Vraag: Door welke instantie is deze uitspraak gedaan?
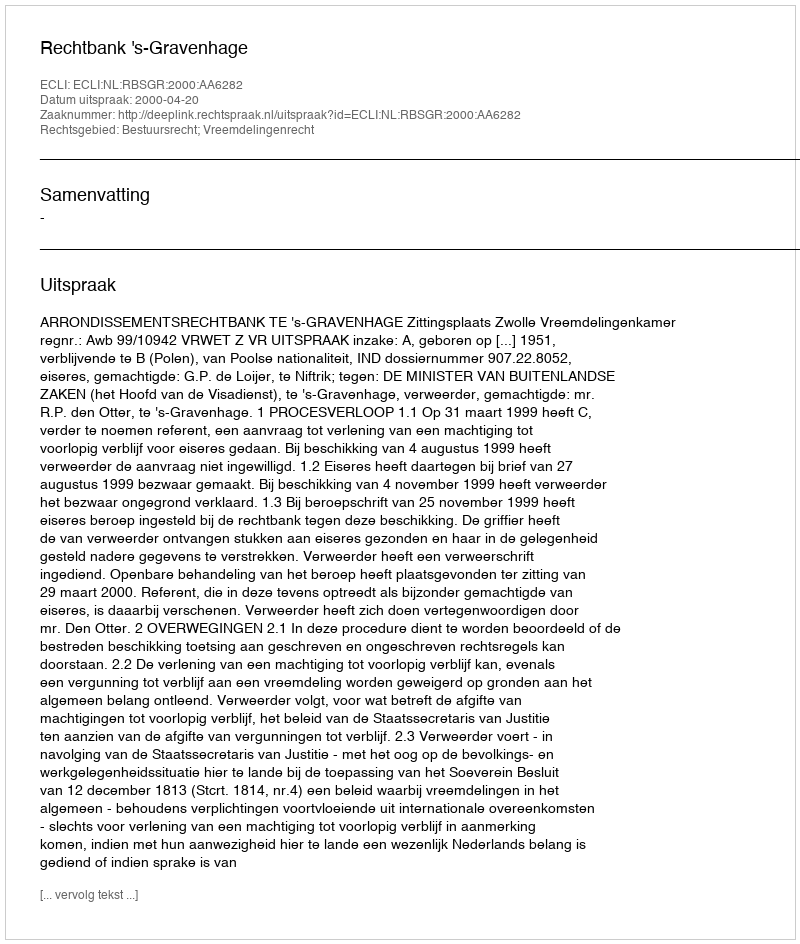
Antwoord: Rechtbank 's-Gravenhage